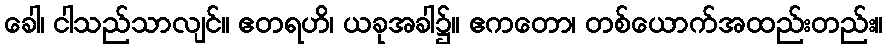
ခေါ၊ ငါသည်သာလျင်။ ဧတရဟိ၊ ယခုအခါ၌။ ဧကတော၊ တစ်ယောက်အထည်းတည်း။